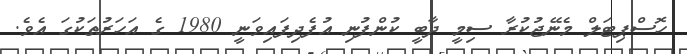
ހޮސްޕިޓަލް މެނޭޖުކުރާ ސިމީ ދާބީ ކުންފުނި އުފެދިފައިވަނީ 1980 ގެ އަހަރުތަކުގަ އެވެ.